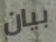
بيان